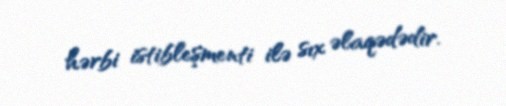
hərbi istibleşmenti ilə sıx əlaqədədir.